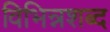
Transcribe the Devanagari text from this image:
विभिन्नशब्द